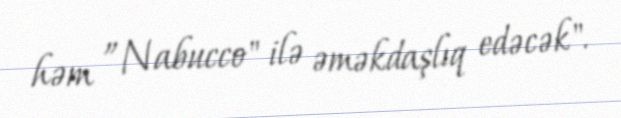
həm ”Nabucco" ilə əməkdaşlıq edəcək".